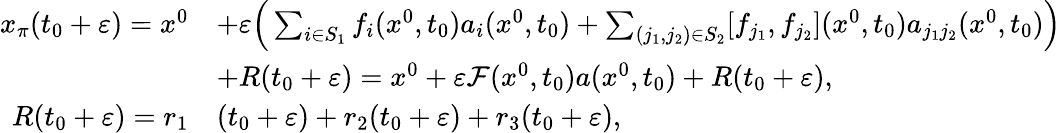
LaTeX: \begin{array}{rl}{x_{\pi}(t_{0}+\varepsilon)=x^{0}}&{+\varepsilon\Big(\sum_{i\in S_{1}}f_{i}(x^{0},t_{0})a_{i}(x^{0},t_{0})+\sum_{(j_{1},j_{2})\in S_{2}}[f_{j_{1}},f_{j_{2}}](x^{0},t_{0})a_{j_{1}j_{2}}(x^{0},t_{0})\Big)}\\ &{+R(t_{0}+\varepsilon)=x^{0}+\varepsilon\mathcal F(x^{0},t_{0})a(x^{0},t_{0})+R(t_{0}+\varepsilon),}\\ {R(t_{0}+\varepsilon)=r_{1}}&{(t_{0}+\varepsilon)+r_{2}(t_{0}+\varepsilon)+r_{3}(t_{0}+\varepsilon),}\end{array}